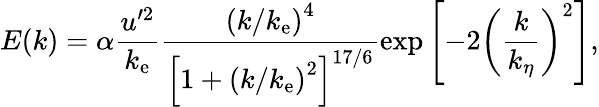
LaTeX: E(k)=\alpha\frac{u^{\prime 2}}{k_{\mathrm{e}}}\frac{\left(k/k_{\mathrm{e}}\right)^{4}}{\left[1+\left(k/k_{\mathrm{e}}\right)^{2}\right]^{17/6}}\exp\left[-2\left(\frac{k}{k_{\eta}}\right)^{2}\right],